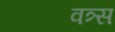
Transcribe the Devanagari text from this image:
वत्र्स